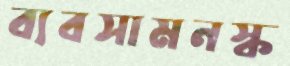
ব্যবসামনস্ক